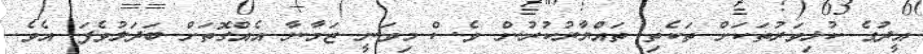
އީދުގެ ކުޅިވަރުތަކަށް ތަކެތި ތައްޔާރުކުރުން ވެސް މިވަނީ ޒަމާނާ އެއްގޮތަށް ބަދަލުވެފަ އެވެ.